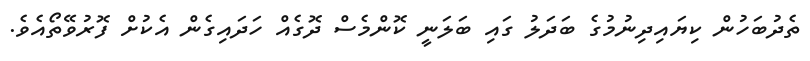
ތެދުބަހުން ކިޔައިދިނުމުގެ ބަދަލު ގައި ބަލަނީ ކޮންމެސް ދޮގެއް ހަދައިގެން އެކުށް ފޮރުވޭތޯއެވެ.